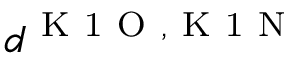
d ^ { \mathrm { ~ K ~ 1 ~ O ~ } , \mathrm { ~ K ~ 1 ~ N ~ } }